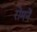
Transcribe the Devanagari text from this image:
रोमनें